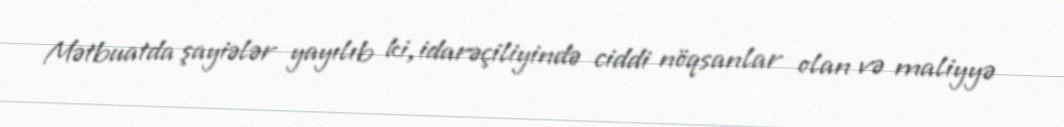
Mətbuatda şayiələr yayılıb ki, idarəçiliyində ciddi nöqsanlar olan və maliyyə